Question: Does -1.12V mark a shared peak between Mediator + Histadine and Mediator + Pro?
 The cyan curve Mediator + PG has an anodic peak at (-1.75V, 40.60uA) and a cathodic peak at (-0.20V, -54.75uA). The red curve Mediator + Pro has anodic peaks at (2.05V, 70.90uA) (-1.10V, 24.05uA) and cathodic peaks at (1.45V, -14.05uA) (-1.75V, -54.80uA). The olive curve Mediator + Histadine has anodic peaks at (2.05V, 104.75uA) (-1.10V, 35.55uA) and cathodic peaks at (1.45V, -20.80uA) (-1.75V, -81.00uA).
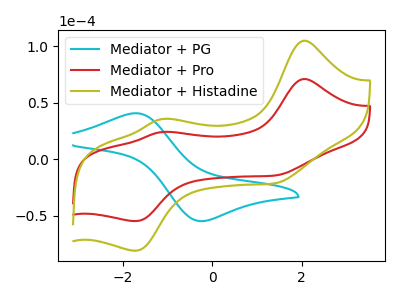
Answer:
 <answer>Yes, "Mediator + Histadine" and "Mediator + Pro" share a peak at -1.12V.</answer>
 <eval>match</eval>